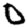
Digit: 0